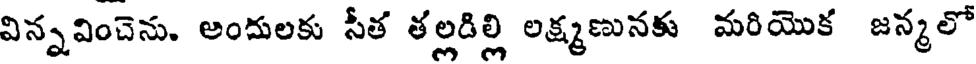
విన్నవించెను. అందులకు సీత తల్లడిల్లి లక్ష్మణునకు మరియొక జన్మలో